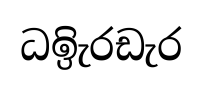
ධඉිැරඩැර